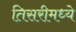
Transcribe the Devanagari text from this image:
तिसरीमध्ये